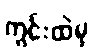
ကွင်းထဲမှ